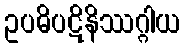
ဥပဓိပဋိနိဿဂ္ဂါယ